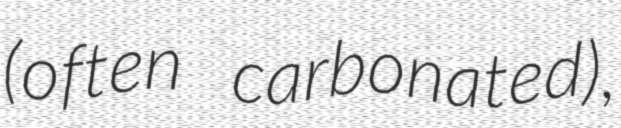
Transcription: (often carbonated),